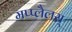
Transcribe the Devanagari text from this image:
मप्प्लैलस्